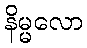
နိမ္မလော